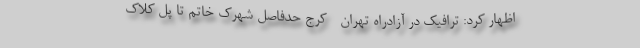
اظهار کرد: ترافیک در آزادراه تهران - کرج حدفاصل شهرک خاتم تا پل کلاک